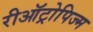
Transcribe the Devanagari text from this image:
रीऑट्रोपिज्म